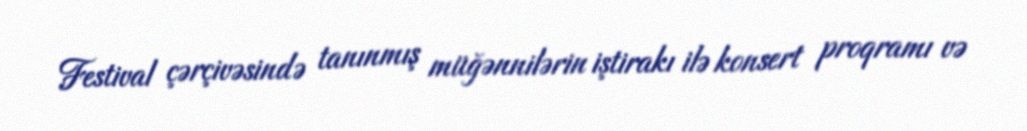
Festival çərçivəsində tanınmış müğənnilərin iştirakı ilə konsert proqramı və